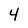
Character: 4